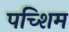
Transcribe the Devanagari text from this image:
पच्शिम